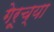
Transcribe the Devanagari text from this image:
गेरूच्या